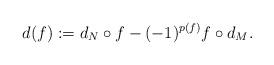
LaTeX: \begin{align*}d(f):=d_N\circ f -(-1)^{p(f)}f\circ d_M.\end{align*}